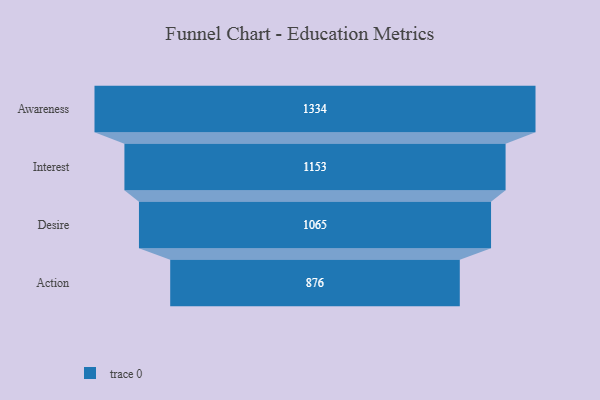
{"axis": {"x": "Stage", "y": "Value"}, "legend": [""], "data": [{"x": "Awareness", "y": 1334.0, "type": ""}, {"x": "Interest", "y": 1153.0, "type": ""}, {"x": "Desire", "y": 1065.0, "type": ""}, {"x": "Action", "y": 876.0, "type": ""}]}